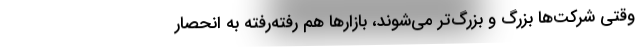
وقتی شرکت‌ها بزرگ و بزرگ‌تر می‌شوند، بازارها هم رفته‌رفته به انحصارِ